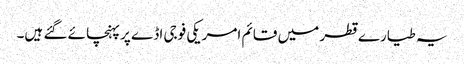
یہ طیارے قطر میں قائم امریکی فوجی اڈے پر پہنچائے گئے ہیں۔